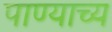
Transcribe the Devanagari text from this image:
पाण्याच्य